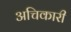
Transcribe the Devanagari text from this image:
अचिकारी